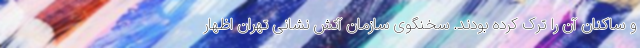
و ساکنان آن را ترک کرده بودند. سخنگوی سازمان آتش نشانی تهران اظهار